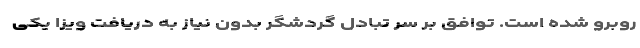
روبرو شده است. توافق بر سر تبادل گردشگر بدون نیاز به دریافت ویزا یکی